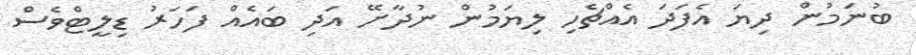
ބުނަމުން ދިޔަ އެފަދަ އެއްޗެހި ލިޔަމުން ނުދާށޭ އަދި ބައެއް ފަހަރު ޑިލީޓްވެސް